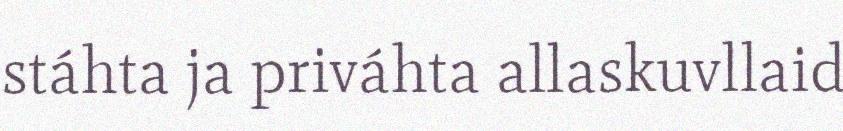
stáhta ja priváhta allaskuvllaid